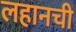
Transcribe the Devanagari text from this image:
लहानची